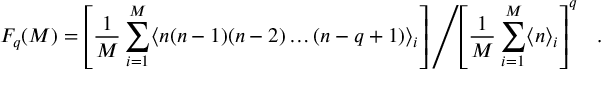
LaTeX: F _ { q } ( M ) = \left[ \frac { 1 } { M } \sum _ { i = 1 } ^ { M } \langle n ( n - 1 ) ( n - 2 ) \ldots ( n - q + 1 ) \rangle _ { i } \right] \left/ \left[ \frac { 1 } { M } \sum _ { i = 1 } ^ { M } \langle n \rangle _ { i } \right] ^ { q } \right. \ \ .